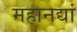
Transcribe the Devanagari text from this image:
महानद्यां